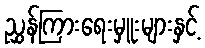
ညွှန်ကြားရေးမှူးများနှင့်